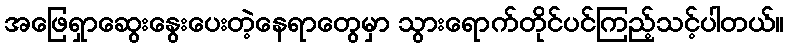
အဖြေရှာဆွေးနွေးပေးတဲ့နေရာတွေမှာ သွားရောက်တိုင်ပင်ကြည့်သင့်ပါတယ်။